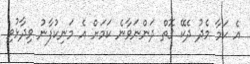
އެ ކަމާ މެދު ދެކޭ ގޮތް ދަންނަވާނެ ކަމަށް އެ މަނިކުފާނު ވިދާޅުވި